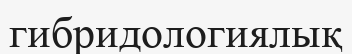
гибридологиялық